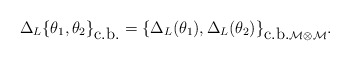
\begin{align*}\Delta_L\{ \theta_1 ,\theta_2\}_{\mbox{c.b.}}=\{\Delta_L (\theta_1 ),\Delta_L (\theta_2 )\}_{\mbox{c.b.} \cal{M}\otimes\cal{M}} .\end{align*}